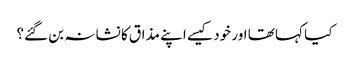
کیا کہا تھا اور خود کیسے اپنے مذاق کا نشانہ بن گئے؟